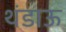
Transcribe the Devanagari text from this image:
थंडाऊ